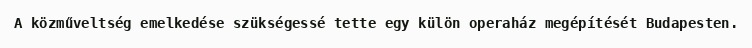
A közműveltség emelkedése szükségessé tette egy külön operaház megépítését Budapesten.